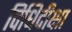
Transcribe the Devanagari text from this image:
विधिदीक्षा